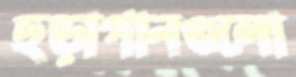
ছড়াগানগুলো